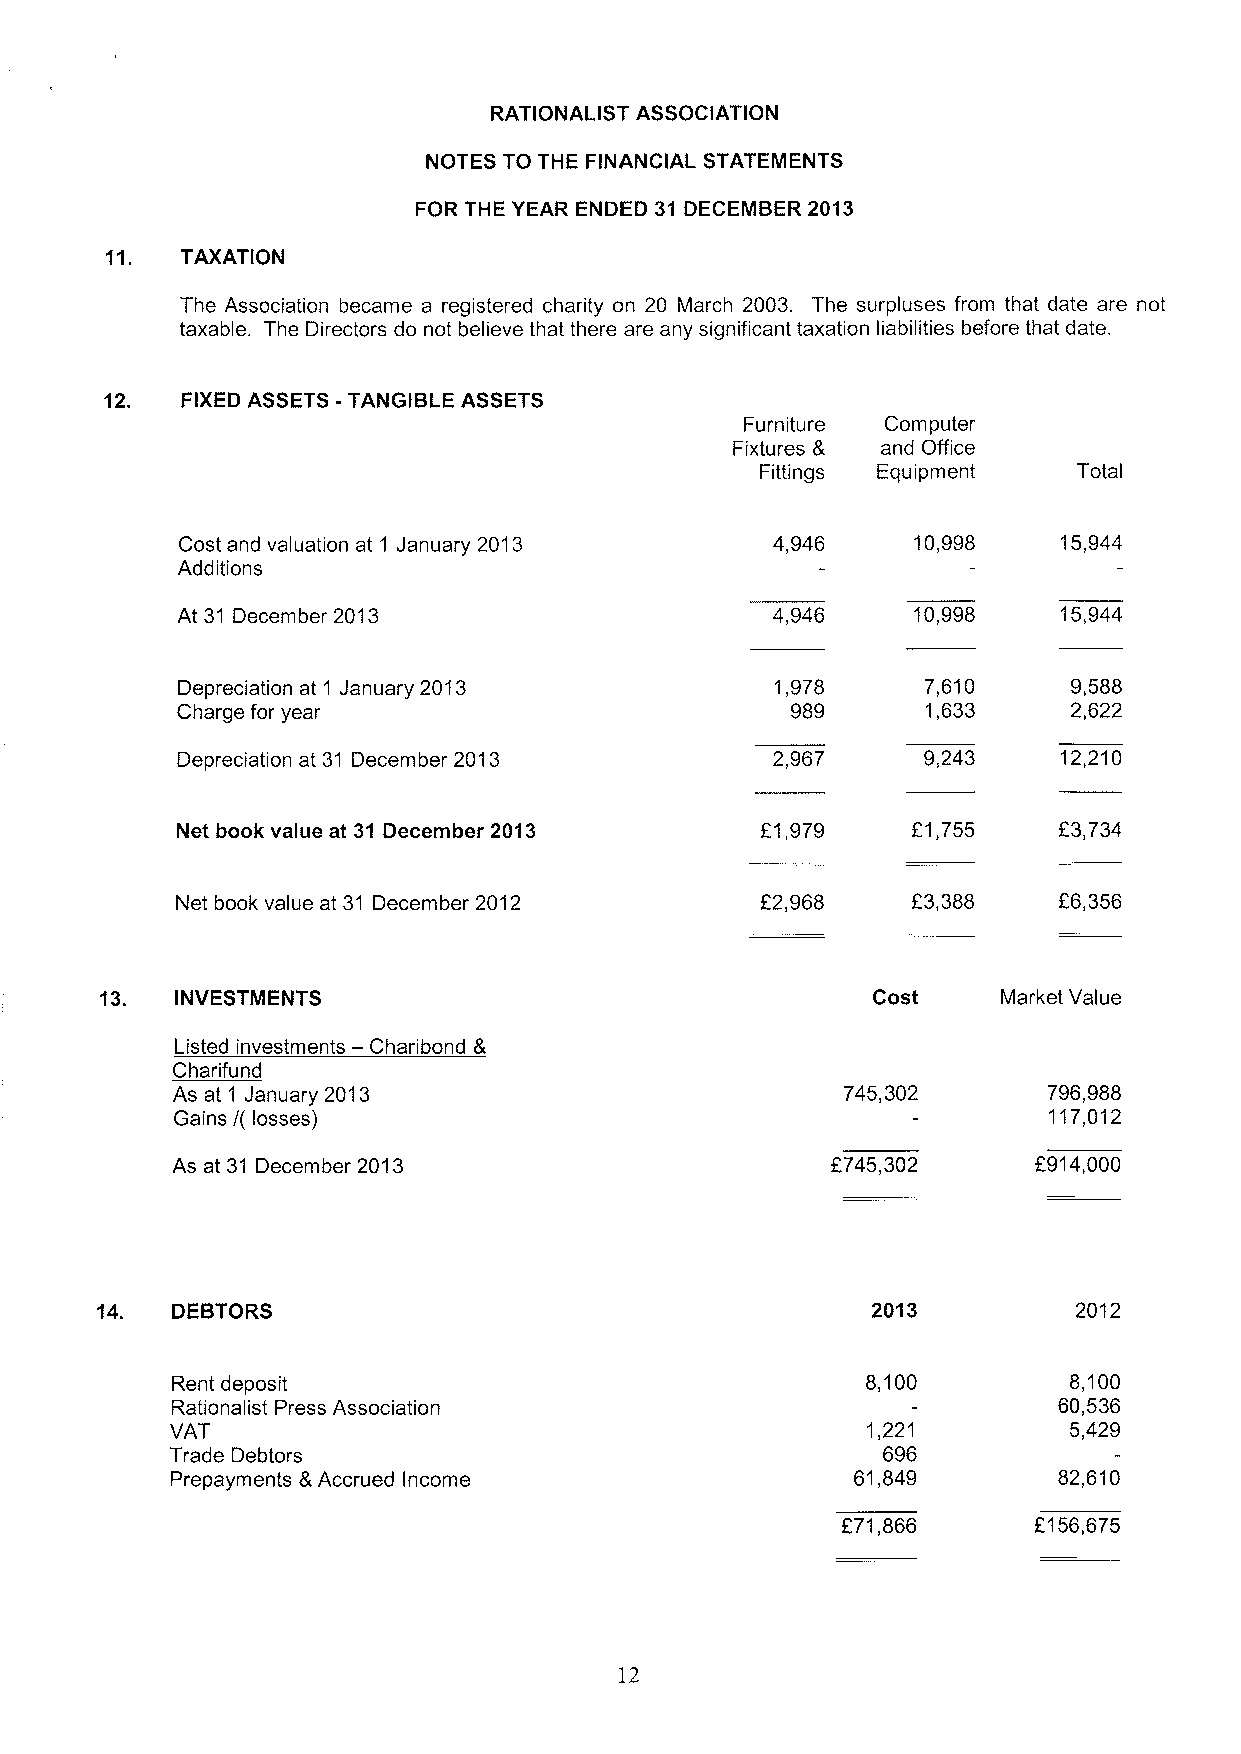
RATIONALIST ASSOCIATION
 NOTES TO THE FINANCIAL STATEMENTS
 FOR THE YEAR ENDED 31 DECEMBER 2013
 11.  TAXATION
 The Association became a registered charity on 20 March 2003. The surpluses from that date are not
 taxable. The Directors do not believe that there are any significant taxation liabilities before that date.
 12.  FIXED ASSETS -TANGIBLE ASSETS
 Furniture Computer
 Fixtures & and Office
 Fittings Equipment   Total
 Cost and valuation at 1 January 2013   4,946    10,998    15,944
 Additions
 At 31 December 2013                    4,946    10,998    15,944
 Depreciation at 1 January 2013         1,978     7,610     9,588
 Charge for year                         989      1,633     2,622
 Depreciation at 31 December 2013       2,967     9,243    12,210
 Net book value at 31 December 2013    F1,979    E1,755    E3,734
 Net book value at 31 December 2012    E2,968    F3,388    E6,356
 13.  INVESTMENTS                                   Cost    Market Value
 —
 Listed investments Charibond 8
 Charifund
 As at 1 January 2013                         745,302      796,988
 Gains I( losses)                                         117,012
 As at 31 December 2013                      F745,302     F914,000
 14.  DEBTORS                                        2013         2012
 Rent deposit                                  8,100         8,100
 Rationalist Press Association                              60,536
 VAT                                           1,221         5,429
 Trade Debtors                                  696
 Prepayments &Accrued Income                  61,849        82,610
 671,866     f156,675
 12